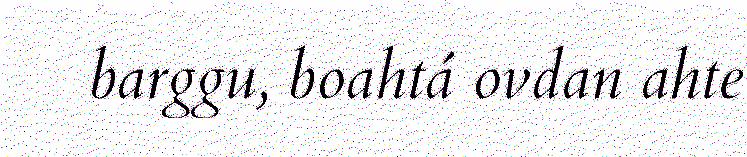
barggu, boahtá ovdan ahte